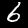
Label: 6